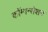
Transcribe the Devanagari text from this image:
कॉम्पन्सेशन